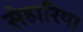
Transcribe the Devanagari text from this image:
सेहारिया